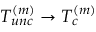
T _ { u n c } ^ { ( m ) } \rightarrow T _ { c } ^ { ( m ) }